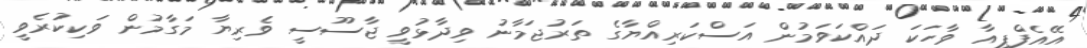
އޭއެފްޕީއާ ވާހަކަ ދައްކަވަމުން އަސްކަރިއްޔާގެ ތަރުޖަމާނު ވިދާޅުވީ ޖާސޫސީ ވެރިޔާ މަގާމުން ވަކިކުރެވީ